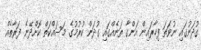
ގުދަނުގައި ނުވަތަ ފިހާރައިން އަންގާ ތަނެއްގައި ގުދަން ކުރުމުގެ މަސައްކަތް ކޮށްދޭނެ ފަރާތެއް